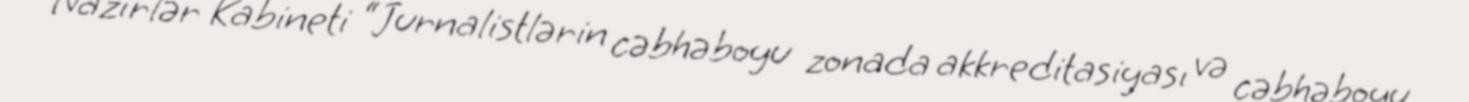
Nazirlər Kabineti “Jurnalistlərin cəbhəboyu zonada akkreditasiyası və cəbhəboyu